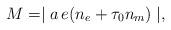
LaTeX: \begin{align*}M=\mid a\,e (n_{e}+ \tau_{0} n_{m}) \mid,\end{align*}